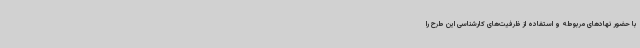
با حضور نهادهای مربوطه و استفاده از ظرفیت‌های کارشناسی این طرح را